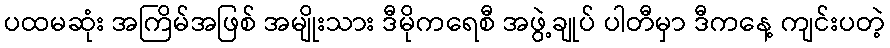
ပထမဆုံး အကြိမ်အဖြစ် အမျိုးသား ဒီမိုကရေစီ အဖွဲ့ချုပ် ပါတီမှာ ဒီကနေ့ ကျင်းပတဲ့